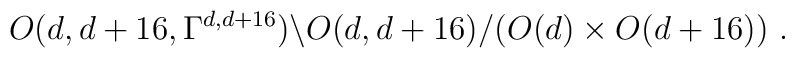
O(d,d+16,\Gamma^{d,d+16})\backslash O(d,d+16)/(O(d)\times O(d+16)) ~.